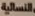
النسائية